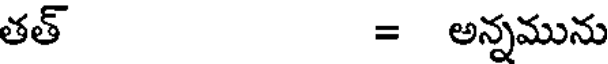
తత్ = అన్నమును